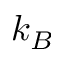
k _ { B }